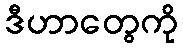
ဒီဟာတွေကို